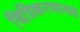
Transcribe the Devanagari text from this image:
चित्रिकरणासह